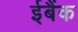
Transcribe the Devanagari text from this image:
ईबैंक